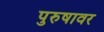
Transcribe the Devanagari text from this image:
पुरुषावर